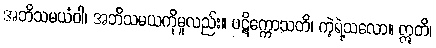
အဘိသမယံဝါ၊ အဘိသမယကိုမူလည်း။ ပဋိက္ကောသတိ၊ ကဲ့ရဲ့သလော။ ဣတိ၊